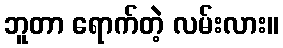
ဘူတာ ရောက်တဲ့ လမ်းလား။